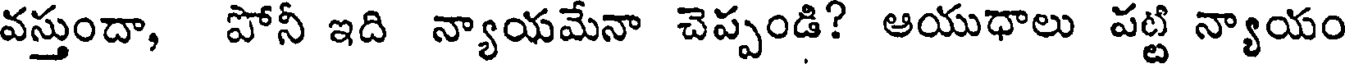
వస్తుందా, పోనీ ఇది న్యాయమేనా చెప్పండి? ఆయుధాలు పట్టి న్యాయం